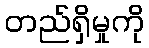
တည်ရှိမှုကို